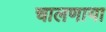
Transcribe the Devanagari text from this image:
चालणाया